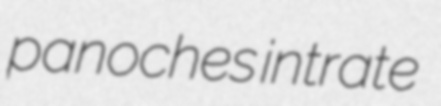
panoches intrate